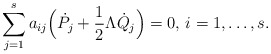
\begin{align*}\sum_{j=1}^s a_{ij} \Big(\dot P_j + \frac{1}{2}\Lambda \dot Q_j\Big)=0, \, i=1,\ldots,s.\end{align*}